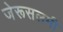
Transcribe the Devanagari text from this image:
जेरूसलमी